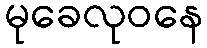
မုခေလုဝနေ